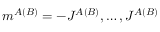
m ^ { A ( B ) } = - J ^ { A ( B ) } , \dots , J ^ { A ( B ) }